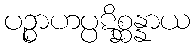
ပဉ္စာဟပ္ပဋိစ္ဆန္နာယ